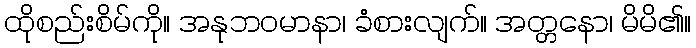
ထိုစည်းစိမ်ကို။ အနုဘဝမာနာ၊ ခံစားလျက်။ အတ္တနော၊ မိမိ၏။